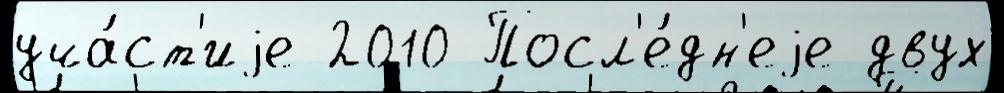
уча́ст'иjе 2010 Посл'е́дн'еjе двух